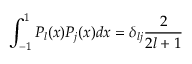
\int _ { - 1 } ^ { 1 } P _ { l } ( x ) P _ { j } ( x ) d x = \delta _ { l j } \frac { 2 } { 2 l + 1 }